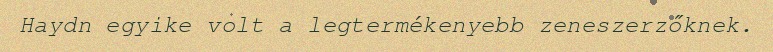
Haydn egyike volt a legtermékenyebb zeneszerzőknek.